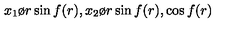
{ x _ { 1 } \o r } \sin f ( r ) , { x _ { 2 } \o r } \sin f ( r ) , \cos f ( r )